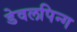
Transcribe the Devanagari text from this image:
डेवलपिन्ग